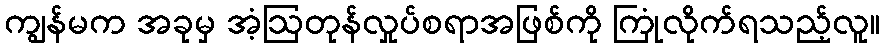
ကျွန်မက အခုမှ အံ့ဩတုန်လှုပ်စရာအဖြစ်ကို ကြုံလိုက်ရသည့်လူ။